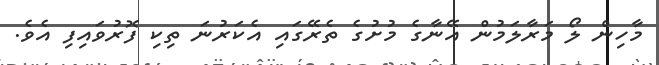
މާހިން ލޯ މަރާލަމުން އޭނާގެ މުށުގެ ތެރޭގައި އެކަރުނަ ތިކި ފޮރުވައިފި އެވެ.